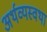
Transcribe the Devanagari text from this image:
अर्थव्यस्वथा